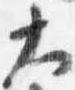
大